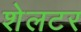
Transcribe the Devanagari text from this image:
शेलटर